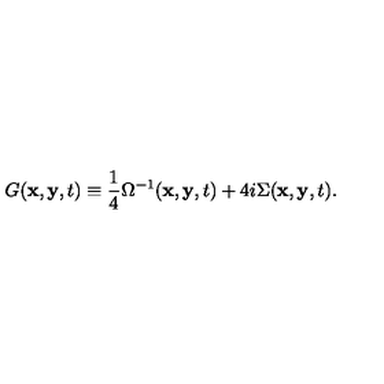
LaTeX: G ( { \bf x } , { \bf y } , t ) \equiv \frac { 1 } { 4 } \Omega ^ { - 1 } ( { \bf x } , { \bf y } , t ) + 4 i \Sigma ( { \bf x } , { \bf y } , t ) .